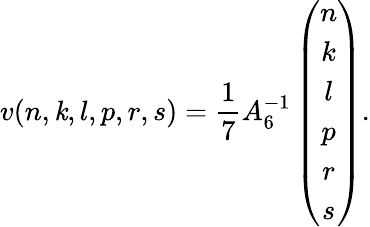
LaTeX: v(n,\mathit{k},l,p,r,s)=\frac{{1}}{{7}}A_{6}^{-1}\left(\begin{array}{c}{{n}}\\ {{k}}\\ {{l}}\\ {{p}}\\ {{r}}\\ {{s}}\end{array}\right).